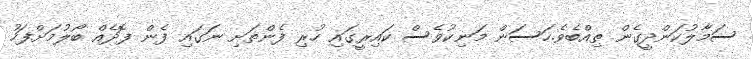
ސަމާލުކަންދީގެން ތިއްބެވެ.ހަސަން މަނިކުވެސް ކައިރީގައި ހުރި ފެންތަށި ނަގައި ފެން ފޮދެއް ބޯލުމަށްފަހު